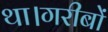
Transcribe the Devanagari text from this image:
था।गरीबों